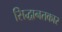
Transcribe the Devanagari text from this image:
सिद्धानतकार